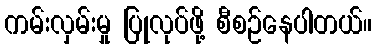
ကမ်းလှမ်းမှု ပြုလုပ်ဖို့ စီစဉ်နေပါတယ်။